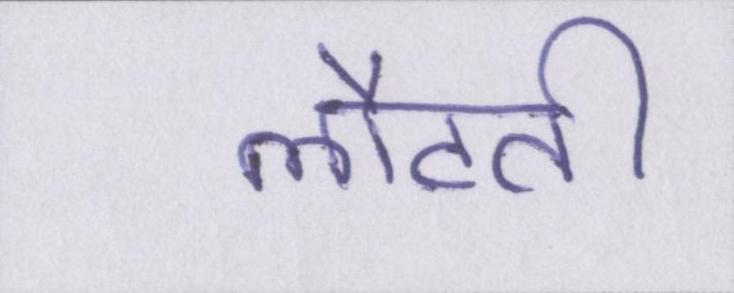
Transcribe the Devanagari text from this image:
लौटती